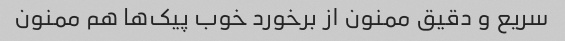
سریع و دقیق ممنون از برخورد خوب پیک‌ها هم ممنون